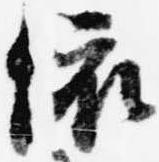
依